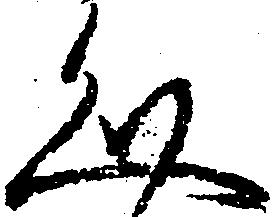
文